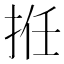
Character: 拰